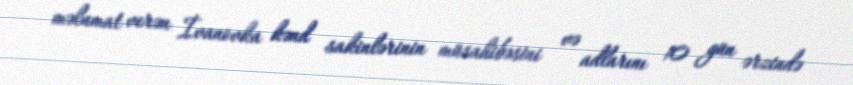
məlumat verən İvanovka kənd sakinlərinin müsahibəsini və adlarını 10 gün ərzində